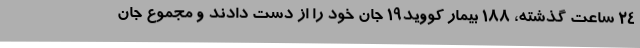
24 ساعت گذشته، 188 بیمار کووید19 جان خود را از دست دادند و مجموع جان